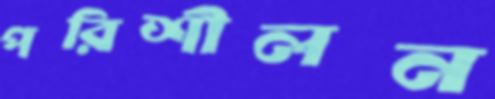
পরিশীলন